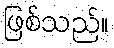
ဖြစ်သည်။